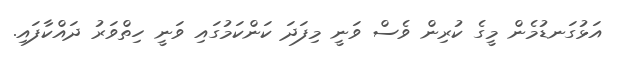
އަޅުގަނޑުމެން މީގެ ކުރިން ވެސް ވަނީ މިފަދަ ކަންކަމުގައި ވަނީ ހިތްވަރު ދައްކާފައި.